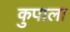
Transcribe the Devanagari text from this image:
कुपाला